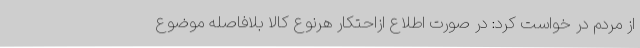
از مردم در خواست کرد: در صورت اطلاع ازاحتکار هرنوع کالا بلافاصله موضوع